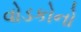
વોડકોનો